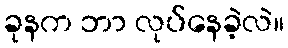
ခုနက ဘာ လုပ်နေခဲ့လဲ။